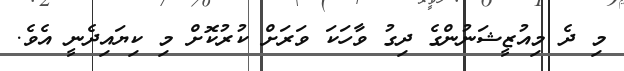
މި ދެ މިއުޒީޝަނުންގެ ދިގު ވާހަކަ ވަރަށް ކުރުކޮށް މި ކިޔައިދެނީ އެވެ.